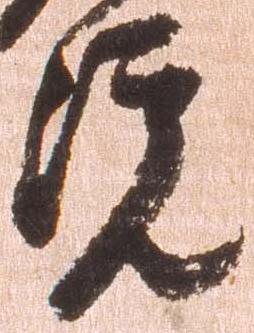
院